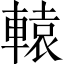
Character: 轅